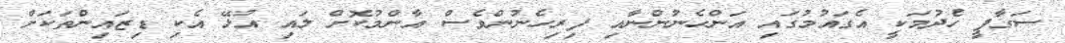
ސަގާފީ ހެދުމަކީ އެގައުމުގައި އަންހެނުންނާއި ފިރިހެނުންވެސް އާންމުކޮށް ލައި އުޅޭ އެކި ޑިޒައިންތަކަށް